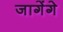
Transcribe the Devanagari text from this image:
जागेंगे